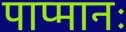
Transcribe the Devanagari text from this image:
पाप्मानः